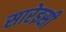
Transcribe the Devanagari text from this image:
सारेइसी